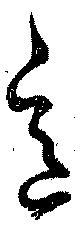
意